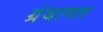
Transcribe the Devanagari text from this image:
ग्रंथागत